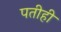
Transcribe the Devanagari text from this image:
पतीही